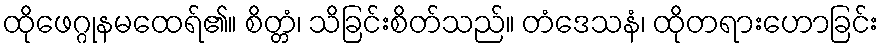
ထိုဖေဂ္ဂုနမထေရ်၏။ စိတ္တံ၊ သိခြင်းစိတ်သည်။ တံဒေသနံ၊ ထိုတရားဟောခြင်း